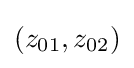
(z_{01},z_{02})